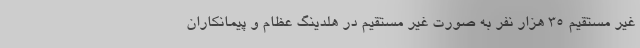
غیر مستقیم 35 هزار نفر به صورت غیر مستقیم در هلدینگ عظام و پیمانکاران